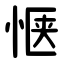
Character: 惬